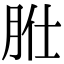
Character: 𦙰